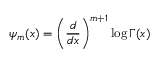
\psi _ { m } ( x ) = \left( \frac { d } { d x } \right) ^ { m + 1 } \log \Gamma ( x )